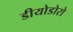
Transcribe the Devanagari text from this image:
डीयोडोरो